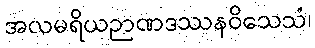
အလမရိယဉာဏဒဿနဝိသေသံ၊